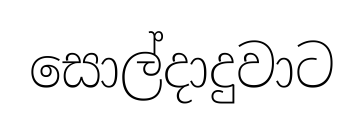
සොල්දාදුවාට